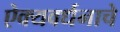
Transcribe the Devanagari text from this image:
ऐक्यवर्धनाचे